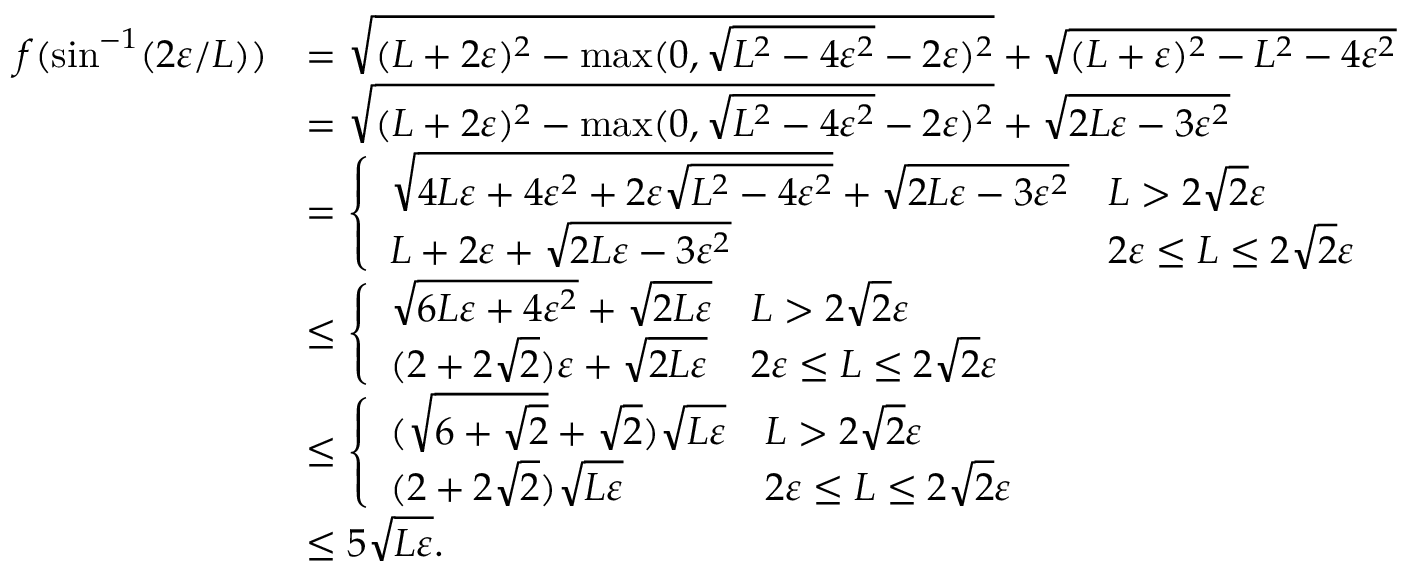
\begin{array} { r l } { f ( \sin ^ { - 1 } ( 2 \varepsilon / L ) ) } & { = \sqrt { ( L + 2 \varepsilon ) ^ { 2 } - \operatorname* { m a x } ( 0 , \sqrt { L ^ { 2 } - 4 \varepsilon ^ { 2 } } - 2 \varepsilon ) ^ { 2 } } + \sqrt { ( L + \varepsilon ) ^ { 2 } - L ^ { 2 } - 4 \varepsilon ^ { 2 } } } \\ & { = \sqrt { ( L + 2 \varepsilon ) ^ { 2 } - \operatorname* { m a x } ( 0 , \sqrt { L ^ { 2 } - 4 \varepsilon ^ { 2 } } - 2 \varepsilon ) ^ { 2 } } + \sqrt { 2 L \varepsilon - 3 \varepsilon ^ { 2 } } } \\ & { = \left\{ \begin{array} { l l } { \sqrt { 4 L \varepsilon + 4 \varepsilon ^ { 2 } + 2 \varepsilon \sqrt { L ^ { 2 } - 4 \varepsilon ^ { 2 } } } + \sqrt { 2 L \varepsilon - 3 \varepsilon ^ { 2 } } } & { L > 2 \sqrt { 2 } \varepsilon } \\ { L + 2 \varepsilon + \sqrt { 2 L \varepsilon - 3 \varepsilon ^ { 2 } } } & { 2 \varepsilon \leq L \leq 2 \sqrt { 2 } \varepsilon } \end{array} \right. } \\ & { \leq \left\{ \begin{array} { l l } { \sqrt { 6 L \varepsilon + 4 \varepsilon ^ { 2 } } + \sqrt { 2 L \varepsilon } } & { L > 2 \sqrt { 2 } \varepsilon } \\ { ( 2 + 2 \sqrt { 2 } ) \varepsilon + \sqrt { 2 L \varepsilon } } & { 2 \varepsilon \leq L \leq 2 \sqrt { 2 } \varepsilon } \end{array} \right. } \\ & { \leq \left\{ \begin{array} { l l } { ( \sqrt { 6 + \sqrt { 2 } } + \sqrt { 2 } ) \sqrt { L \varepsilon } } & { L > 2 \sqrt { 2 } \varepsilon } \\ { ( 2 + 2 \sqrt { 2 } ) \sqrt { L \varepsilon } } & { 2 \varepsilon \leq L \leq 2 \sqrt { 2 } \varepsilon } \end{array} \right. } \\ & { \leq 5 \sqrt { L \varepsilon } . } \end{array}